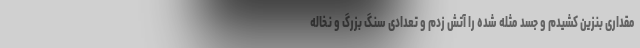
مقداری بنزین کشیدم و جسد مثله شده را آتش زدم و تعدادی سنگ بزرگ و نخاله